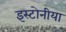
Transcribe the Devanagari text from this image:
इस्टोनीया